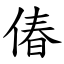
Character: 偆